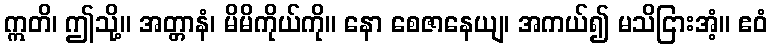
ဣတိ၊ ဤသို့။ အတ္တာနံ၊ မိမိကိုယ်ကို။ နော စေဇာနေယျ၊ အကယ်၍ မသိငြားအံ့။ ဧဝံ